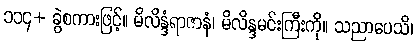
၁၁၄+ ခွဲစကားဖြင့်။ မိလိန္ဒံရာဇာနံ၊ မိလိန္ဒမင်းကြီးကို။ သညာပေသိ၊